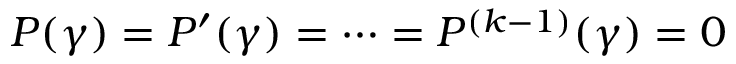
P ( \gamma ) = P ^ { \prime } ( \gamma ) = \cdots = P ^ { ( k - 1 ) } ( \gamma ) = 0